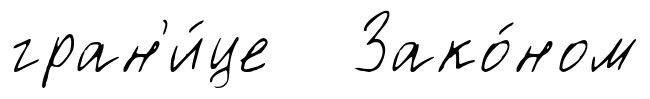
гран'и́це Зако́ном